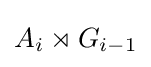
A_{i}\rtimes G_{i-1}